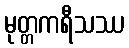
မုတ္တကရီသဿ